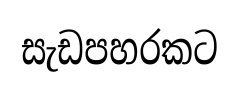
සැඩපහරකට